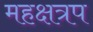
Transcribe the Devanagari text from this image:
महक्षत्रप